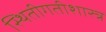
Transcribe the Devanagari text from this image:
स्थितीगतीशास्त्र